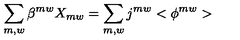
\sum _ { m , w } \beta ^ { m w } X _ { m w } = \sum _ { m , w } j ^ { m w } < \phi ^ { m w } >